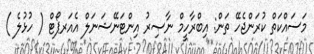
މަސައްކަތް ކުރަންޖެހޭ ތަން: އިބްރާހީމް ނާޞިރު އިންޓަނޭޝަނަލް އެއަރޕޯޓް ( ހުޅުލެ )